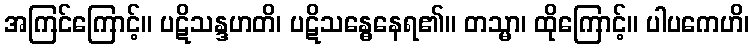
အကြင်ကြောင့်။ ပဋိသန္ဒဟတိ၊ ပဋိသန္ဓေနေရ၏။ တသ္မာ၊ ထိုကြောင့်။ ပါပကေဟိ၊